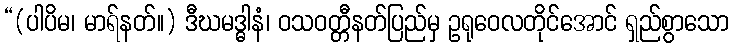
“(ပါပိမ၊ မာရ်နတ်။) ဒီဃမဒ္ဓါနံ၊ ဝသဝတ္တီနတ်ပြည်မှ ဥရုဝေလတိုင်အောင် ရှည်စွာသော